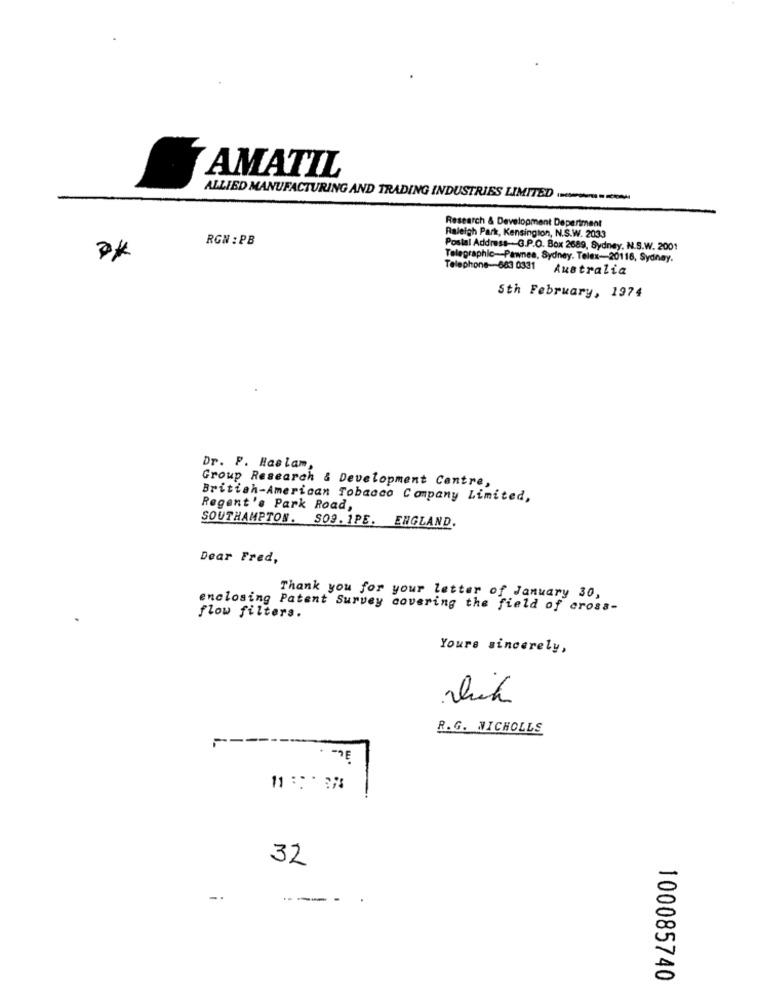
AMATIL
ALLIED MANUFACTURING AND TRADING INDUSTRIES LIMITED
--
Research & Development Depertment
RGN : PB
Raleigh Park, Kensington, N.S.W. 2033
Postal Address-G.P.O. Box 2689, Sydney, N.S.W. 2001
Telegraphic-Pawnee, Sydney. Telex-20118, Sydney.
Telephone-683 0331
Australia
Sth February, 1974
Dr. F. Haslam,
Group Research & Development Centre,
British-American Tobacco Company Limited,
Regent's Park Road,
SOUTHAMPTON. SO9. 1PE. ENGLAND.
Dear Fred,
Thank you for your letter of January 30,
enclosing Patent Survey covering the field of cross-
flow filters.
Yours sincerely,
R.G. NICHOLLS
11 : 38
-
32
-.
--
100085740